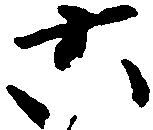
六